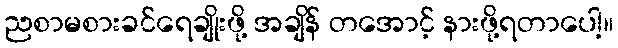
ညစာမစားခင်ရေချိုးဖို့ အချိန် တအောင့် နားဖို့ရတာပေါ့။